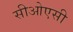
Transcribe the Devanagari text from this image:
सीओएसी